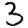
Digit: 3